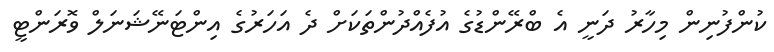
ކުންފުނިން މިހާރު ދަނީ އެ ބްރޭންޑުގެ އުފެއްދުންތަކަށް ދެ އަހަރުގެ އިންޓަނޭޝަނަލް ވޮރަންޓީ